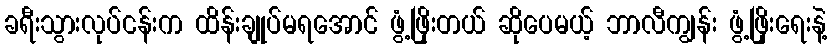
ခရီးသွားလုပ်ငန်းက ထိန်းချုပ်မရအောင် ဖွံ့ဖြိုးတယ် ဆိုပေမယ့် ဘာလီကျွန်း ဖွံ့ဖြိုးရေးနဲ့